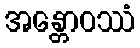
အန္တောဝဿံ